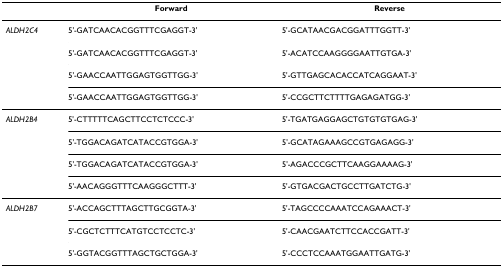
|  | Forward | Reverse |
 | --- | --- | --- |
 | ALDH2C4 | 5'-GATCAACACGGTTTCGAGGT-3' | 5'-GCATAACGACGGATTTGGTT-3' |
 |  | 5'-GATCAACACGGTTTCGAGGT-3' | 5'-ACATCCAAGGGGAATTGTGA-3' |
 |  | 5'-GAACCAATTGGAGTGGTTGG-3' | 5'-GTTGAGCACACCATCAGGAAT-3' |
 |  | 5'-GAACCAATTGGAGTGGTTGG-3' | 5'-CCGCTTCTTTTGAGAGATGG-3' |
 | ALDH2B4 | 5'-CTTTTTCAGCTTCCTCTCCC-3' | 5'-TGATGAGGAGCTGTGTGTGAG-3' |
 |  | 5'-TGGACAGATCATACCGTGGA-3' | 5'-GCATAGAAAGCCGTGAGAGG-3' |
 |  | 5'-TGGACAGATCATACCGTGGA-3' | 5'-AGACCCGCTTCAAGGAAAAG-3' |
 |  | 5'-AACAGGGTTTCAAGGGCTTT-3' | 5'-GTGACGACTGCCTTGATCTG-3' |
 | ALDH2B7 | 5'-ACCAGCTTTAGCTTGCGGTA-3' | 5'-TAGCCCCAAATCCAGAAACT-3' |
 |  | 5'-CGCTCTTTCATGTCCTCCTC-3' | 5'-CAACGAATCTTCCACCGATT-3' |
 |  | 5'-GGTACGGTTTAGCTGCTGGA-3' | 5'-CCCTCCAAATGGAATTGATG-3' |